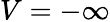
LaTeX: V=-\infty